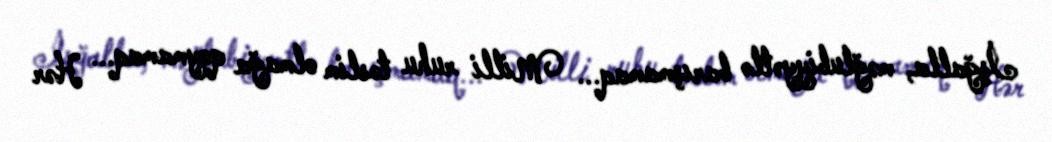
İşğalla, məğlubiyyətlə barışmamaq... Milli ruhu təslim olmağa qoymamaq... Hər